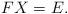
LaTeX: \begin{align*}FX=E. \end{align*}